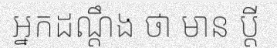
អ្នកដណ្តឹង ថា មាន ប្តី